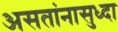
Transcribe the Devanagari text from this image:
असतांनासुध्दा